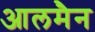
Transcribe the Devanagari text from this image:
आलमैन